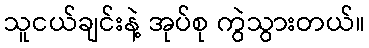
သူငယ်ချင်းနဲ့ အုပ်စု ကွဲသွားတယ်။